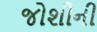
જોશીની